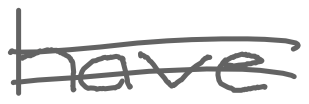
Text: have
Cross-out: double-line
Writing tool: digital_gray